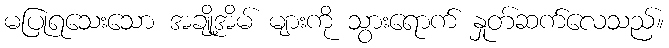
မပြုရသေးသော အချို့အိမ် များကို သွားရောက် နှုတ်ဆက်လေသည်။